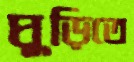
ঘুড়িতে